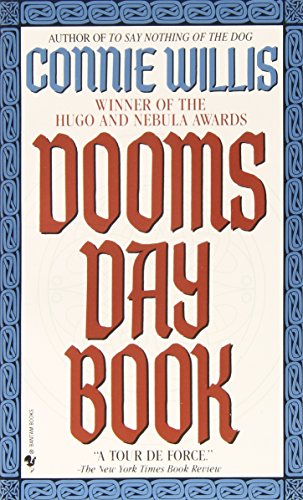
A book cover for Doomsday Book; Connie Willis; Science Fiction & Fantasy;